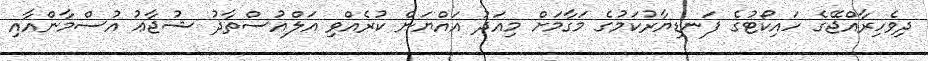
ދިވެހިރާއްޖޭގެ ހައިކޯޓުގެ ފަނޑިޔާރުކަމުގެ މަގާމަށް މިއަދު އައްޔަން ކުރެއްވި އަލްއުސްތާޛު ޝުޖާޢު އުސްމާންއާއި